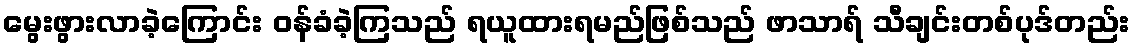
မွေးဖွားလာခဲ့ကြောင်း ဝန်ခံခဲ့ကြသည် ရယူထားရမည်ဖြစ်သည် ဖာသာရ် သီချင်းတစ်ပုဒ်တည်း